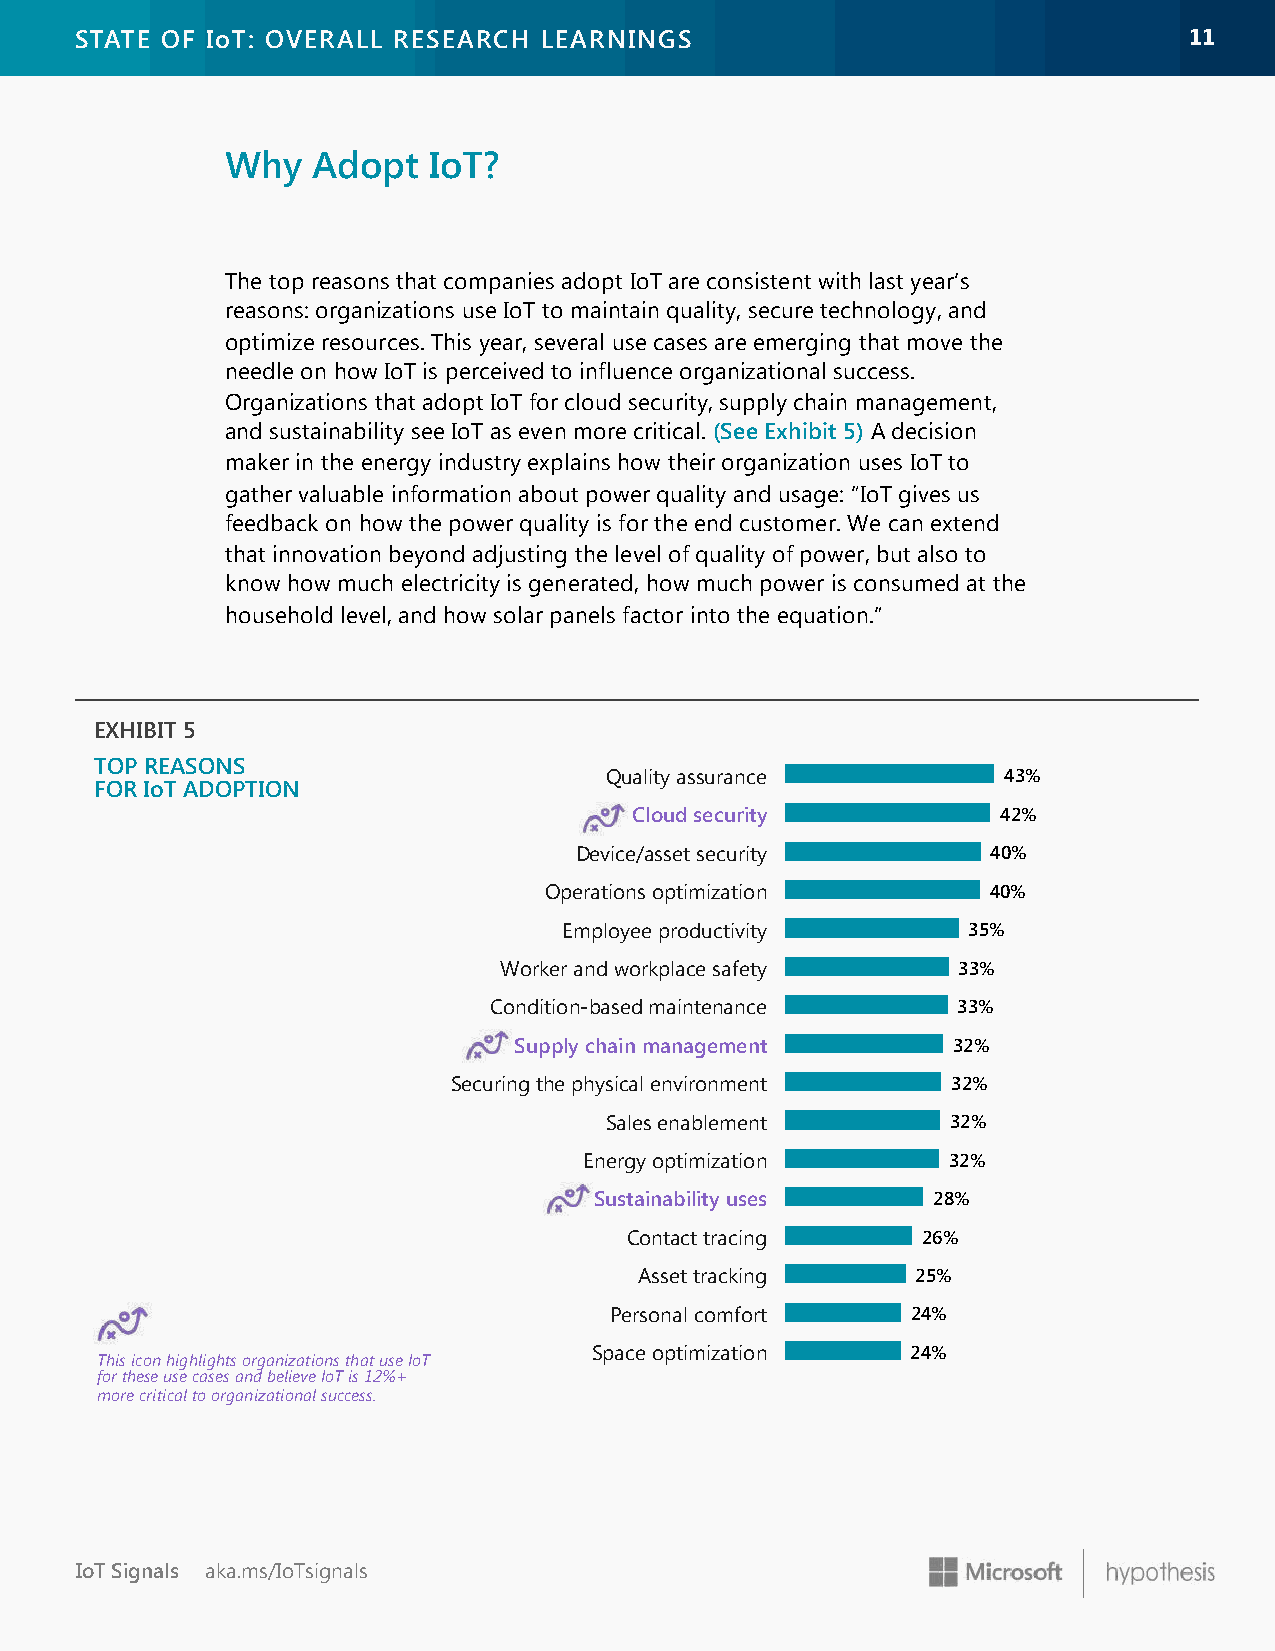
STATE OF IoT: OVERALL RESEARCH LEARNINGS                                  1111
 Why   Adopt  IoT?
 The top reasons that companies adopt IoT are consistent with last year’s
 reasons: organizations use IoT to maintain quality, secure technology, and
 optimize resources. This year, several use cases are emerging that move the
 needle on how IoT is perceived to influence organizational success.
 Organizations that adopt IoT for cloud security, supply chain management,
 and sustainability see IoT as even more critical. (See Exhibit 5) A decision
 maker in the energy industry explains how their organization uses IoT to
 gather valuable information about power quality and usage: “IoT gives us
 feedback on how the power quality is for the end customer. We can extend
 that innovation beyond adjusting the level of quality of power, but also to
 know how much electricity is generated, how much power is consumed at the
 household level, and how solar panels factor into the equation.”
 EXHIBIT 5
 TOP REASONS
 Quality assurance         43%
 FOR IoT ADOPTION
 Cloud security          42%
 Device/asset security       40%
 Operations optimization       40%
 Employee productivity      35%
 Worker and workplace safety   33%
 Condition-based maintenance    33%
 Supply chain management      32%
 Securing the physical environment 32%
 Sales enablement       32%
 Energy optimization     32%
 Sustainability uses    28%
 Contact tracing     26%
 Asset tracking     25%
 Personal comfort    24%
 Space optimization   24%
 This icon highlights organizations that use IoT
 for these use cases and believe IoT is 12%+
 more critical to organizational success.
 IoT Signals aka.ms/IoTsignals